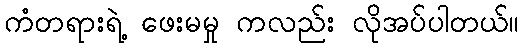
ကံတရားရဲ့ ဖေးမမှု ကလည်း လိုအပ်ပါတယ်။